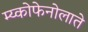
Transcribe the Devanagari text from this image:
म्य्कोफेनोलाते